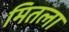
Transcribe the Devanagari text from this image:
मितला